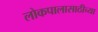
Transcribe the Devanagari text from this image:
लोकपालासाठीच्या